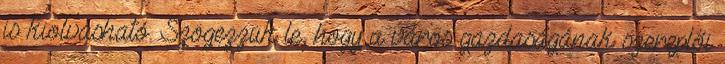
is kiolvasható. Szögezzük le, hogy a város gazdaságának szereplői